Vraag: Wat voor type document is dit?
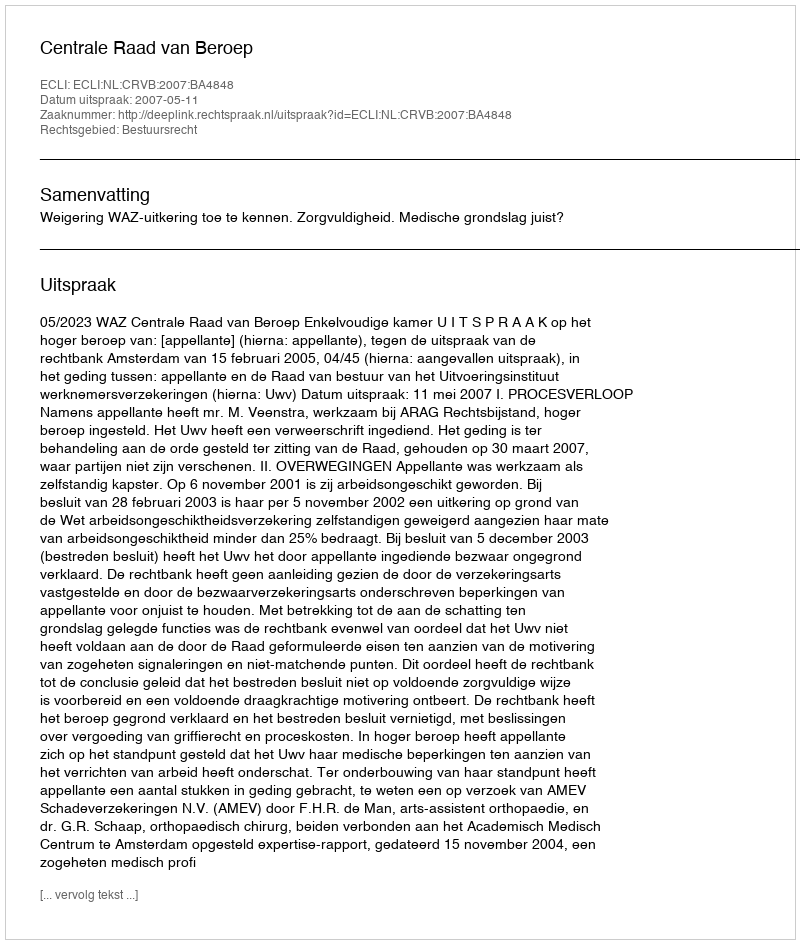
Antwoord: Uitspraak